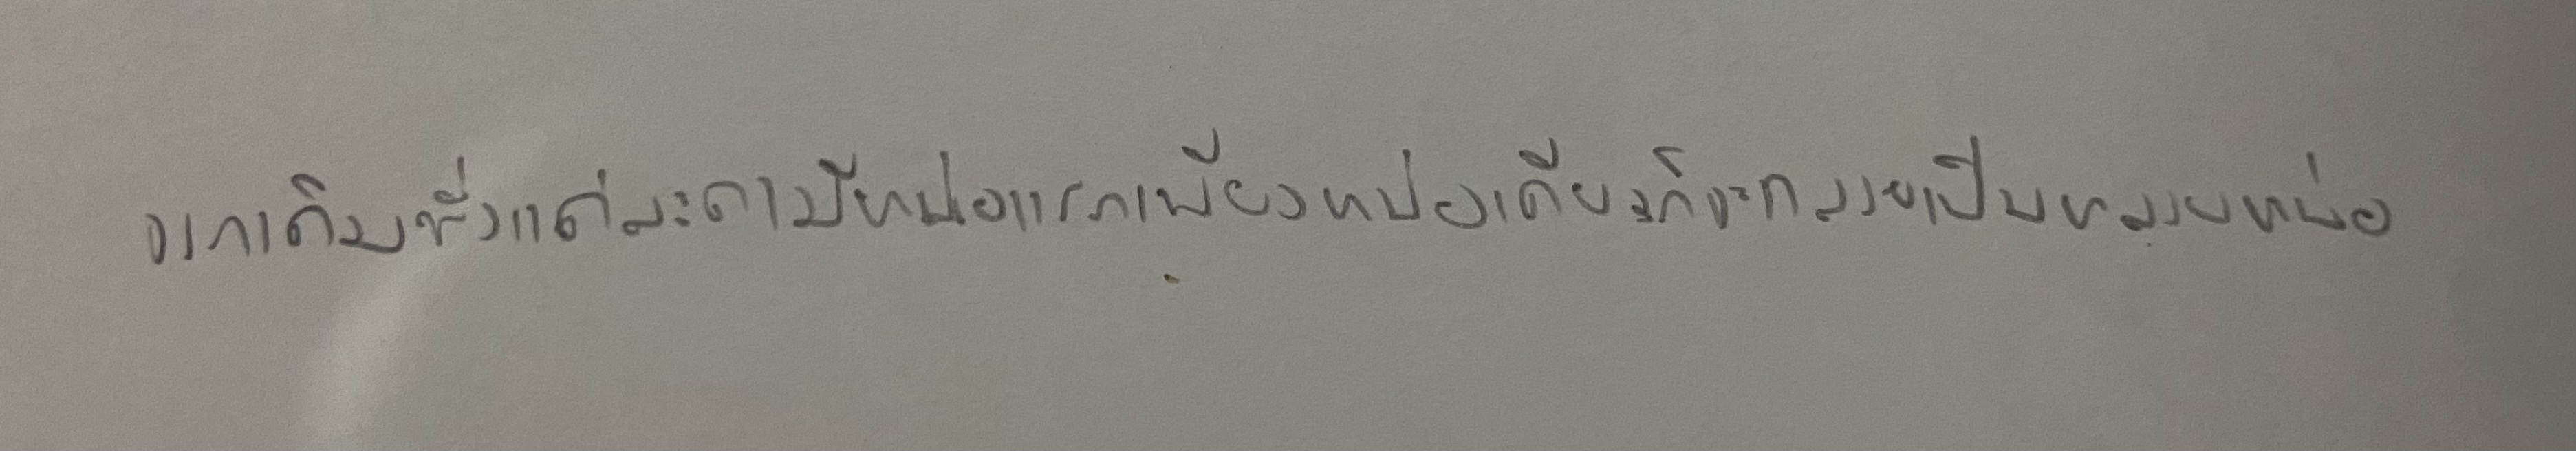
จากเดิมซึ่งแต่ละตามีหน่อแรกเพียงหน่อเดียวก็จะกลายเป็นหลายหน่อ